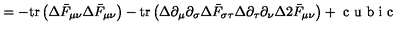
= - \mathrm { t r } \left( \Delta \bar { F } _ { \mu \nu } \Delta \bar { F } _ { \mu \nu } \right) - \mathrm { t r } \left( \Delta \partial _ { \mu } \partial _ { \sigma } \Delta \bar { F } _ { \sigma \tau } \Delta \partial _ { \tau } \partial _ { \nu } \Delta 2 \bar { F } _ { \mu \nu } \right) + \textrm { c u b i c }